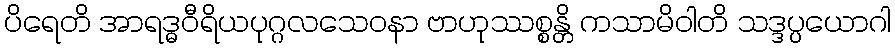
ပိရေတိ အာရဒ္ဓဝီရိယပုဂ္ဂလသေဝနာ ဗာဟုဿစ္စန္တိ ကသာမိဝါတိ သဒ္ဒပ္ပယောဂါ